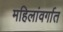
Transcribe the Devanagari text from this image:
महिलांवर्गात